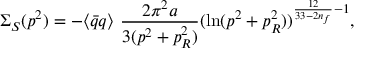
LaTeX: \Sigma _ { S } ( p ^ { 2 } ) = - \langle { \bar { q } } q \rangle ~ \frac { 2 \pi ^ { 2 } a } { 3 ( p ^ { 2 } + p _ { R } ^ { 2 } ) } ( \ln ( p ^ { 2 } + p _ { R } ^ { 2 } ) ) ^ { \frac { 1 2 } { 3 3 - 2 n _ { f } } - 1 } ,